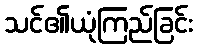
သင်၏ယုံကြည်ခြင်း